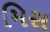
મિસ